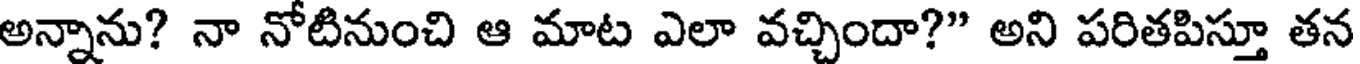
అన్నాను? నా నోటినుంచి ఆ మాట ఎలా వచ్చిందా?" అని పరితపిస్తూ తన